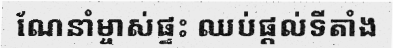
ណែនាំម្ចាស់ផ្ទះ ឈប់ផ្តល់ទីតាំង